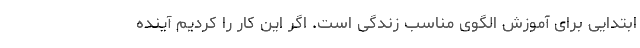
ابتدایی برای آموزش الگوی مناسب زندگی است. اگر این کار را کردیم آینده